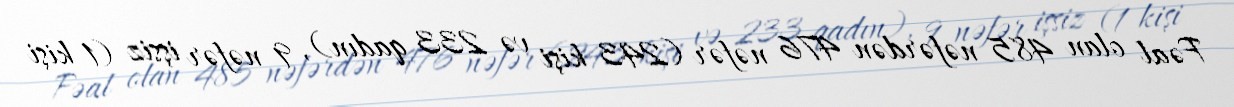
Fəal olan 485 nəfərdən 476 nəfər (243 kişi və 233 qadın), 9 nəfər işsiz (1 kişi